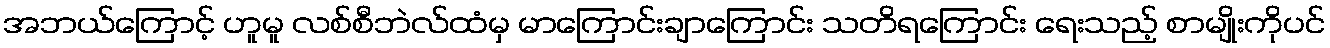
အဘယ်ကြောင့် ဟူမူ လစ်စီဘဲလ်ထံမှ မာကြောင်းချာကြောင်း သတိရကြောင်း ရေးသည့် စာမျိုးကိုပင်